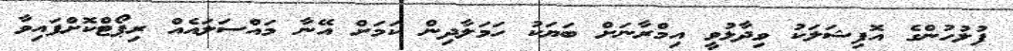
ފުލުހުންގެ އޮފިޝަލަކު ވިދާޅުވީ އިމްރާނަށް ބަޔަކު ހަމަލާދިން ކަމަށް އޭނާ މައްސަލައެއް ރިޕޯޓްކޮށްފައިވާ